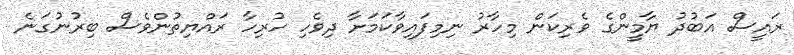
ރައީސް އަބުދު ޔާމީންގެ ވެރިކަން މިހާރު ނިމިފައިވާކަމަށާ ދިވެހި ހުރިހާ ރައްޔިތުންވެސް ބިރުނުގަނެ